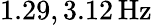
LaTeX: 1.29,3.12\, \mathrm{Hz}